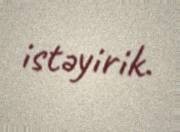
istəyirik.